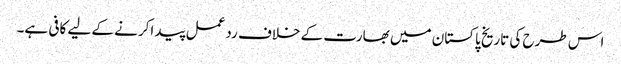
اس طرح کی تاریخ پاکستان میں بھارت کے خلاف ردعمل پید اکرنے کے لیے کافی ہے۔